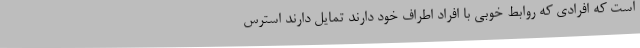
است که افرادی که روابط خوبی با افراد اطراف خود دارند تمایل دارند استرس